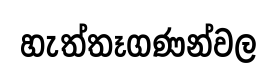
හැත්තෑගණන්වල